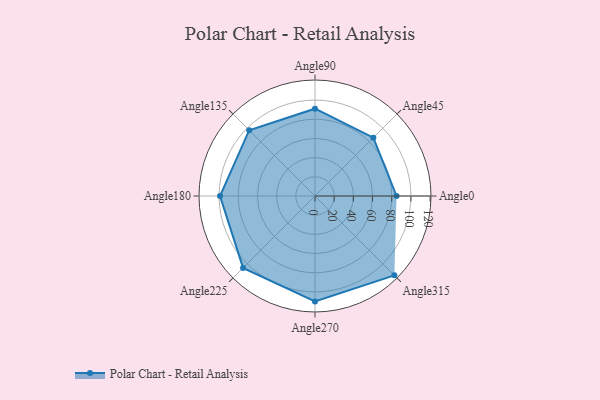
{"axis": {"x": "Angle", "y": "Radius"}, "legend": [""], "data": [{"x": "Angle0", "y": 85.0, "type": ""}, {"x": "Angle45", "y": 86.0, "type": ""}, {"x": "Angle90", "y": 91.0, "type": ""}, {"x": "Angle135", "y": 97.0, "type": ""}, {"x": "Angle180", "y": 99.0, "type": ""}, {"x": "Angle225", "y": 106.0, "type": ""}, {"x": "Angle270", "y": 110.0, "type": ""}, {"x": "Angle315", "y": 117.0, "type": ""}]}